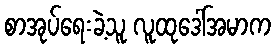
စာအုပ်ရေးခဲ့သူ လူထုဒေါ်အမာက